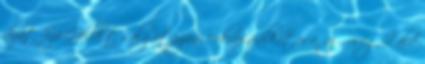
díjat Szó Gellért salgótarjáni cukrász alkotása, az Őrség Zöld